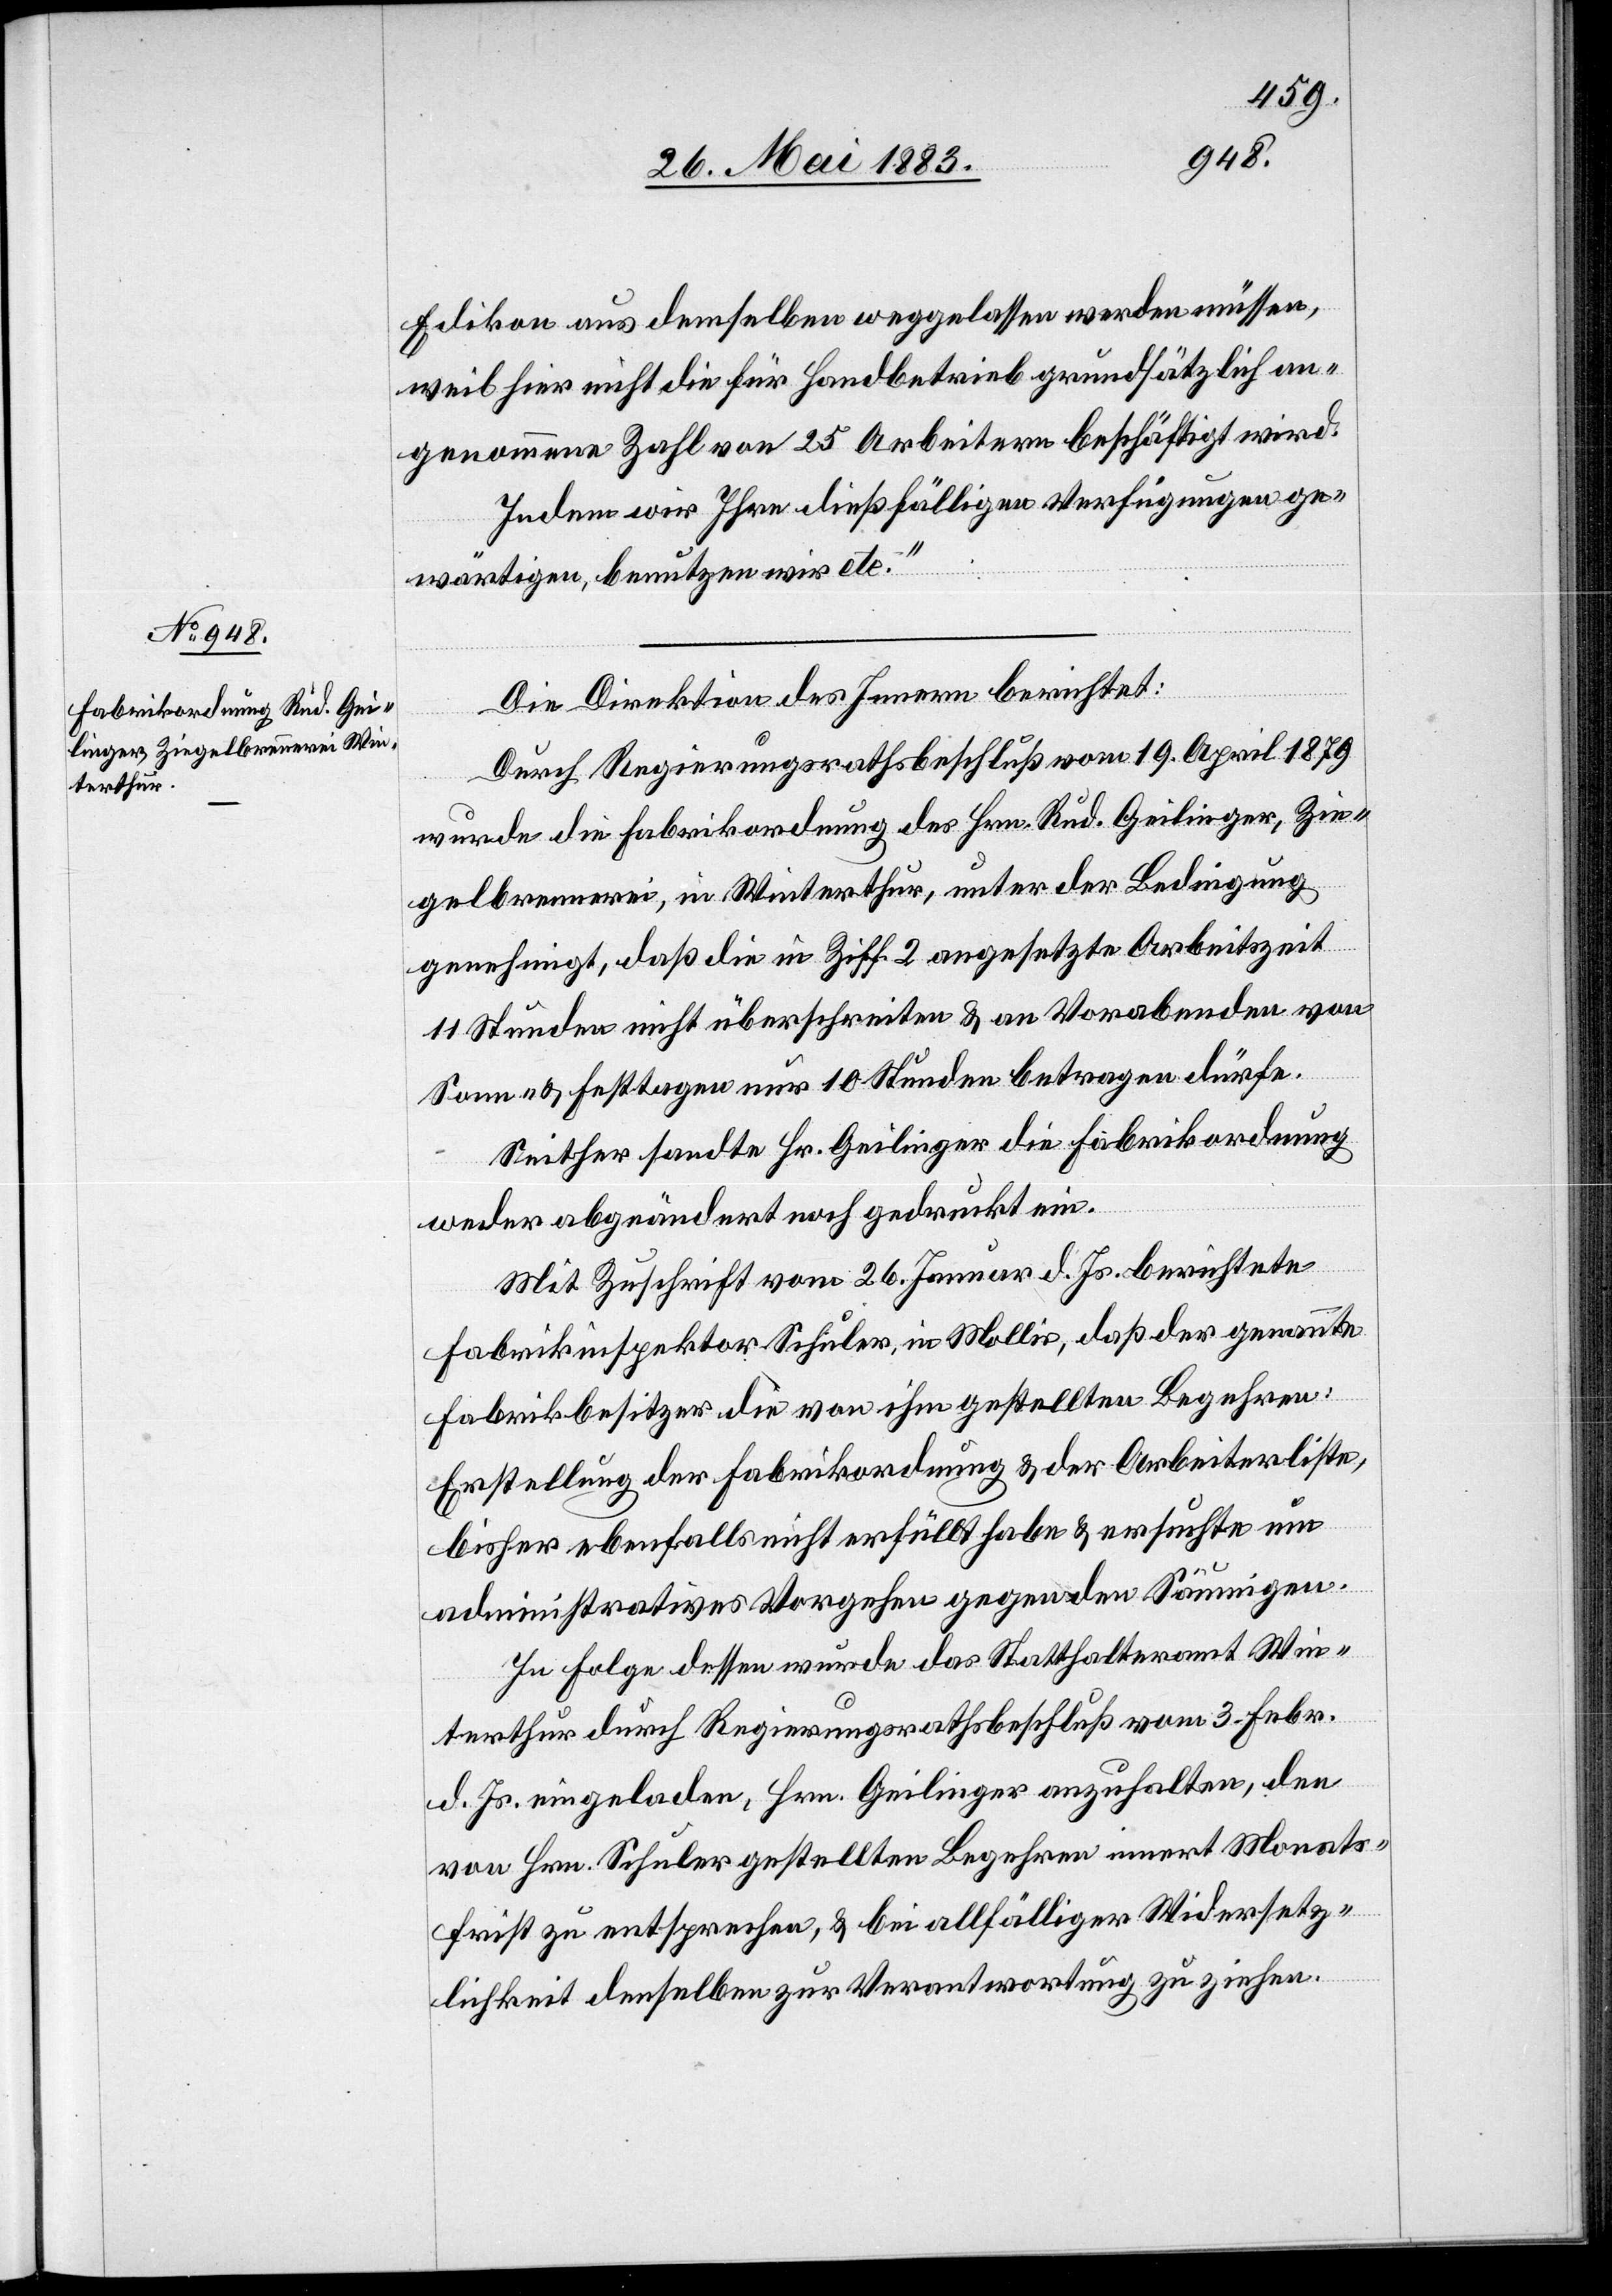
Edikon aus demselben weggelassen werden müssen,
weil hier nicht die für Handbetrieb grundsätzlich an¬
genommene Zahl von 25 Arbeitern beschäftigt wird.
Indem wir Ihnen dießfälligen Verfügungen e¬
wärtigen, benutzen wir etc.“
Die Direktion des Innern berichtet:
Durch Regierungsrathsbeschluß vom 19. April 1879
wurde die Fabrikordnung des Hrn. Rud. Geilinger, Zie¬
gelbrennerei, in Winterthur, unter der Bedingung
genehmigt, daß die in Ziff. 2 angesetzte Arbeitszeit
11 Stunden nicht überschreiten & an Vorabenden von
Sonn- & Festtagen nur 10 Stunden betragen dürfe.
Seither sandte Hr. Geilinger die Fabrikordnung
weder abgeändert noch gedruckt ein.
Mit Zuschrift vom 26. Januar d. Js. berichtete
Fabrikinspektor Schuler, in Mollis, daß der genannte
Fabrikbesitzer die von ihm gestellten Begehren:
Erstellung der Fabrikordnung & der Arbeiterliste,
bisher ebenfalls nicht erfüllt habe & ersuchte um
administratives Vorgehen gegen den Säumigen.
In Folge dessen wurde das Statthalteramt Win¬
terthur durch Regierungsrathsbeschluß vom 3. Febr.
d. Js. eingeladen, Hrn. Geilinger anzuhalten, den
von Hrn. Schuler gestellten Begehren innert Monats¬
frist zu entsprechen, & bei allfälliger Wiedersetz¬
lichkeit denselben zur Verantwortung zu ziehen.